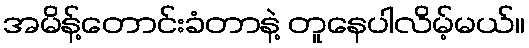
အမိန့်တောင်းခံတာနဲ့ တူနေပါလိမ့်မယ်။